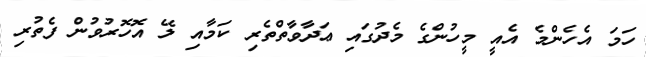
ހަމަ އެހެންމެ އެއީ މީހުންގެ މެދުގައި ޢަދާވާތްތެރި ކަމާއި ލޭ އޮހޮރުވުން ފެތުރި